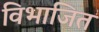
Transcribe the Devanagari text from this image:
विभाजित